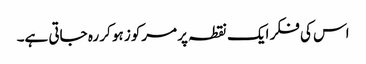
اس کی فکر ایک نقطہ پر مرکوز ہو کر رہ جاتی ہے۔